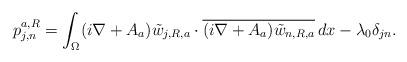
LaTeX: \begin{align*}p_{j,n}^{a,R}= \int_{\Omega} (i\nabla+A_a) \tilde w_{j,R,a}\cdot\overline{(i\nabla+A_a) \tilde w_{n,R,a}}\, dx-\lambda_0 \delta_{jn}.\end{align*}